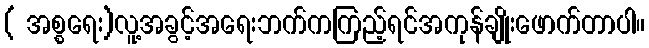
( အစ္စရေး)လူ့အခွင့်အရေးဘက်ကကြည့်ရင်အကုန်ချိုးဖောက်တာပါ။